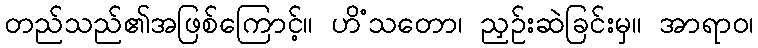
တည်သည်၏အဖြစ်ကြောင့်။ ဟိံသတော၊ ညှဉ်းဆဲခြင်းမှ။ အာရာဝ၊